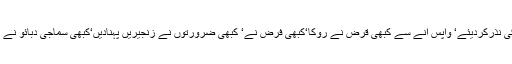
کسی نے اپنی عمر کے بہترین سال صحرائوں کی نذرکردیئے‘ واپس آنے سے کبھی قرض نے روکا‘کبھی فرض نے‘ کبھی ضرورتوں نے زنجیریں پہنادیں‘کبھی سماجی دبائو نے راستہ روکا‘کبھی خواہشوں کے بھنورپائوں میں۔